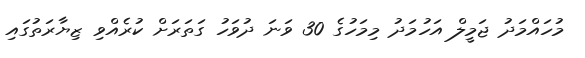
މުހައްމަދު ޖަމީލް އަހުމަދު މިމަހުގެ 30 ވަނަ ދުވަހު ގަތަރަށް ކުރެއްވި ޒިޔާރަތުގައި